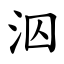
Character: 泅